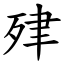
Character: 肂